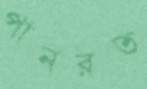
পানরত